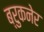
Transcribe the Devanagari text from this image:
ब्रुकनेर